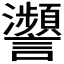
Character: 𧮝